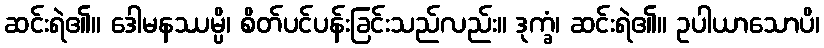
ဆင်းရဲ၏။ ဒေါမနဿမ္ပိ၊ စိတ်ပင်ပန်းခြင်းသည်လည်း။ ဒုက္ခံ၊ ဆင်းရဲ၏။ ဥပါယာသောပိ၊